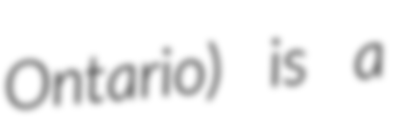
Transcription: Ontario) is a